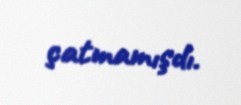
çatmamışdı.